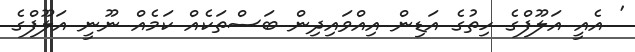
' އެއީ އަލޫފްގެ ހިތުގެ އަޑިން އިއްވައިދިން ބަސްތަކެއް ކަމެއް ނޫނީ އަލޫފްގެ